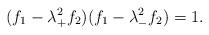
LaTeX: \begin{align*}(f_1 - \lambda_+^2 f_2) (f_1 - \lambda_-^2 f_2) = 1. \end{align*}